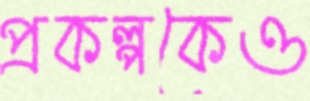
প্রকল্পকেও